65_HS1-834228961_62-HQ-83894_Section_6
Agency: FBI
Page 196
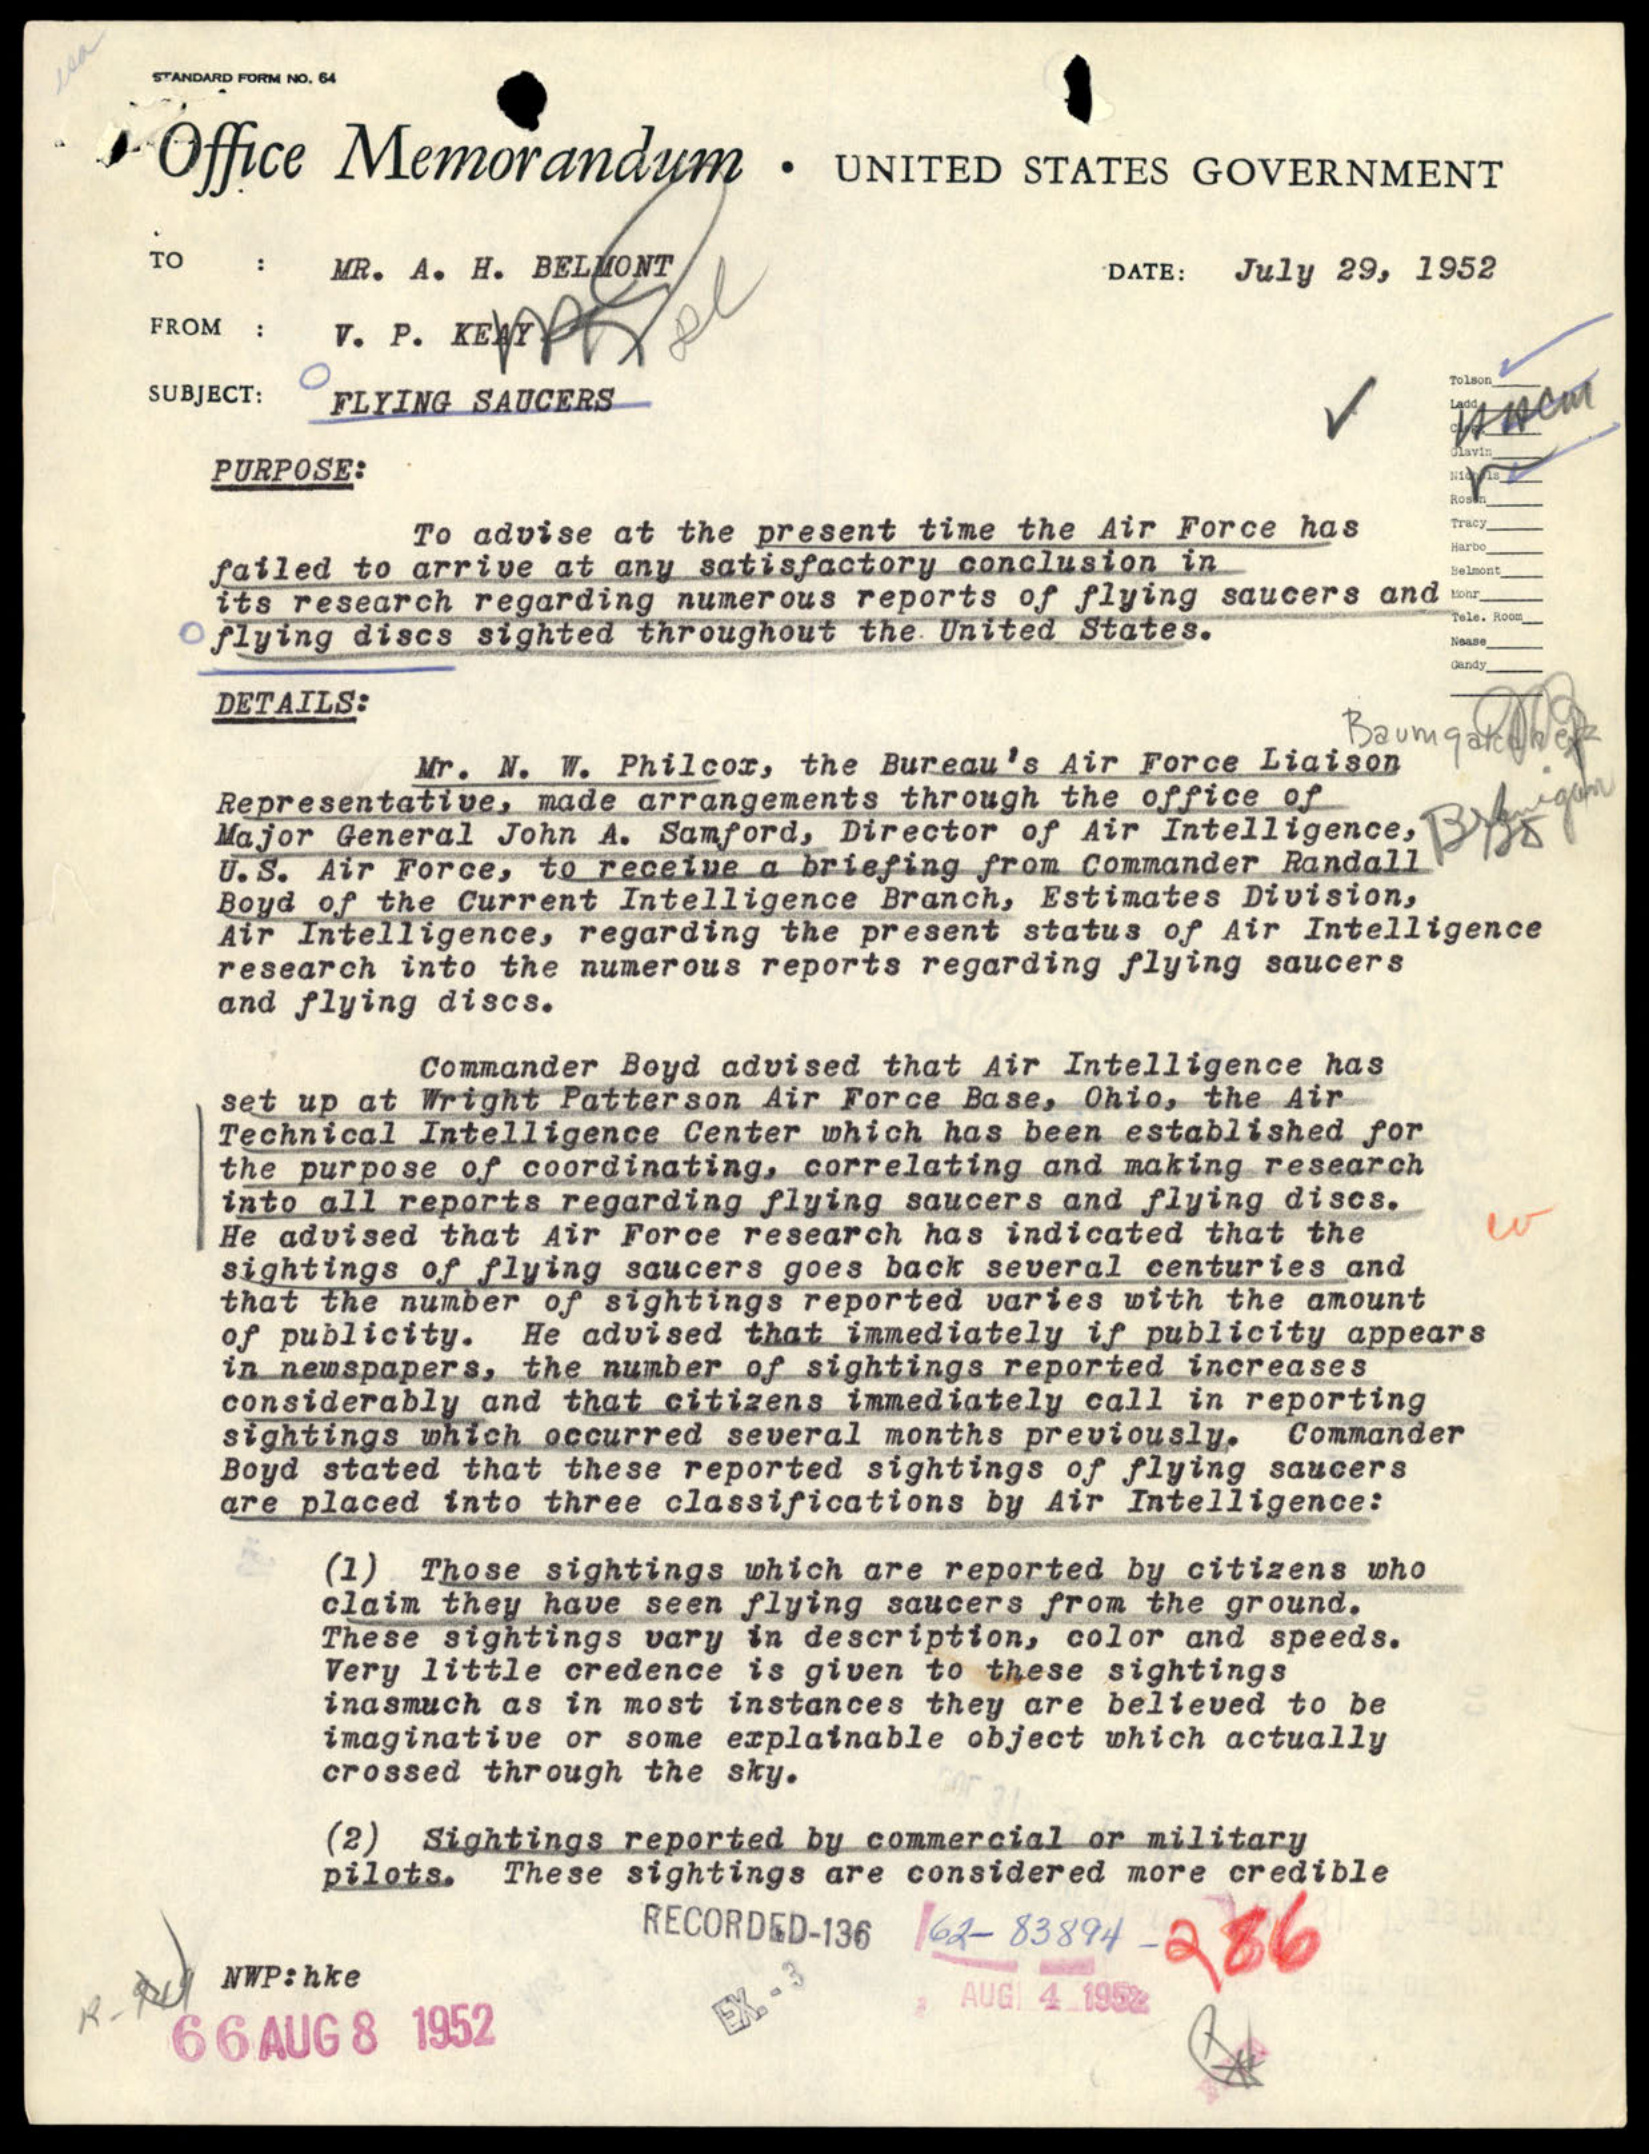